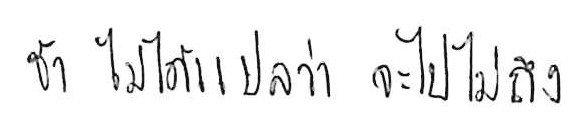
ช้า ไม่ได้แปลว่า จะไปไม่ถึง